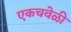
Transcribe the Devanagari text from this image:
एकचवेळी